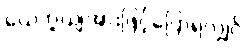
ယေဘူယျအားဖြင့်ပြောရလျှင်